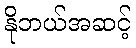
နိုဘယ်အဆင့်